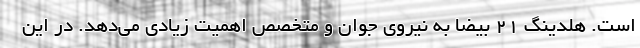
است. هلدینگ 21 بیضا به نیروی جوان و متخصص اهمیت زیادی می‌دهد. در این